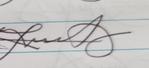
Signature authenticity: genuine